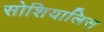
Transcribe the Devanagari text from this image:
सोशियालिस